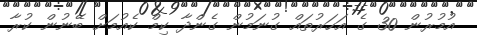
އުމުރުން 30 ގެ އަހަރުތައް ގުނަމުން ގެންދާ ކިމް ކެއުމަށް ބޭނުން ކުރާ